Civil Veterinary Department. United Provinces 1923-31 - 1923-1931
Year: 1923
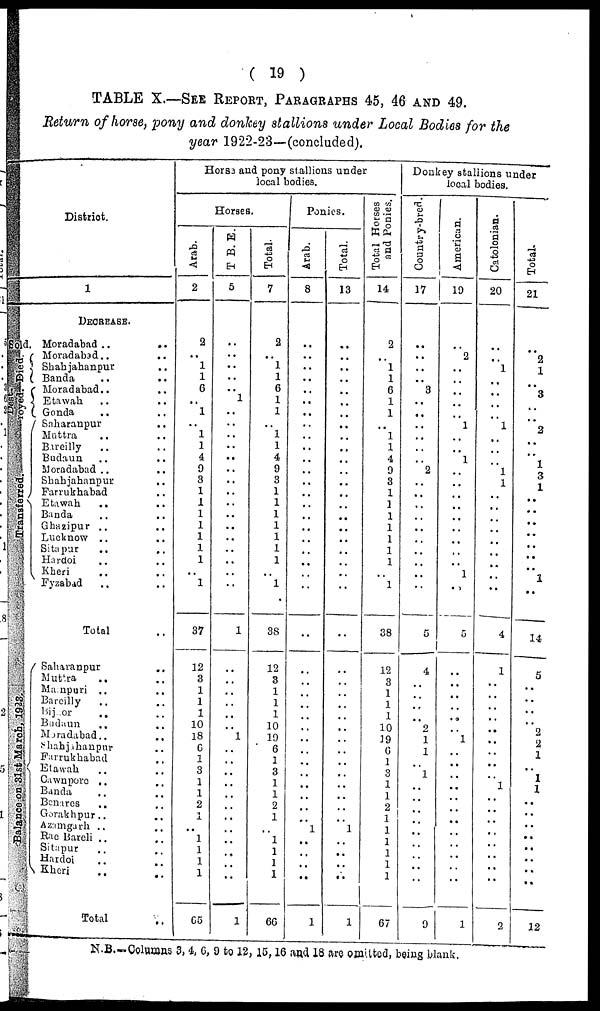
( 19 )
TABLE X.—SEE REPORT, PARAGRAPHS 45, 46 AND 49.
Return of horse, pony and donkey stallions under Local Bodies for the
year 1922-23—(concluded),
District.
1
1.
DECREASE.
Moradabad
..
..
Moradabad ..
..
Shahjahanpur ..
Banda .. ..
Moradabad .. ..
Etawah .. ..
Gonda .. ..
Saharanpur ..
Muttra
..
..
Bareilly .. ..
Budaun .. ..
Moradabad .. ..
Shahjahanpur ..
Farrukhabad ..
Etawah .. ..
Banda .. ..
Ghazipur .. ..
Lucknow .. ..
Sitapur .. ..
Hardoi .. ..
Kheri ....
Fyzabid .. ..
Total ..
Saharanpur ..
Muttra .. ..
Mainpuri .. ..
Bareilly .. ..
Bijnor .. ..
Budaun .. ..
Moradabad .. ..
Shahjahanpur ..
Farrukhabad ..
Etawah .. ..
Cawnpore .. ..
Banda .. ..
Benares .. ..
Gorakhpur .. ..
Aznmgarh .. ..
Rae Bareli .. ..
Sitapur .. ..
Hardoi .. ..
Kheri .. ..
Total ..
Horse and pony stallions under
local bodies.
Horses.
Arab.
2
2
..
1
1
6
..
1
..
1
1
4
9
3
1
1
1
1
1
1
1
..
1
37
12
3
1
1
1
10
18
6
1
3
1
1
2
1
..
1
1
1
1
65
T.B.E.
5
..
..
..
..
..
1
..
..
..
..
..
..
..
..
..
..
..
..
..
..
..
1
..
..
..
..
..
..
l
..
..
..
..
..
..
..
..
..
..
..
..
1
Total.
7
2
..
1
1
6
1
1
..
1
1
4
9
3
1
1
1
1
1
1
1
..
1
38
12
3
1
1
1
10
19
6
1
3
1
1
2
1
..
1
1
1
1
66
Ponies.
Arab.
8
..
..
..
..
..
..
..
..
..
..
..
..
..
..
..
..
..
..
..
..
..
..
..
..
..
..
..
..
..
..
..
..
..
..
..
..
..
1
..
..
..
..
1
Total.
13
..
..
..
..
..
..
..
..
..
..
..
..
..
..
..
..
..
..
..
..
..
..
..
..
..
..
..
..
..
..
..
..
..
..
..
..
1
..
..
..
..
1
Total Horses
and Ponies.
14
2
..
1
1
6
1
1
..
1
1
4
9
3
1
1
1
1
1
1
1
1
38
12
3
1
1
1
10
19
6
1
3
1
1
2
1
1
1
1
1
1
67
Donkey stallions under
local bodies.
Country-bred.
17
..
..
..
..
3
..
..
..
..
..
..
2
..
..
..
..
..
..
..
..
..
..
5
4
..
..
..
..
2
1
1
..
1
..
..
..
..
..
..
..
..
..
9
American.
19
..
2
..
..
..
..
..
1
..
..
1
..
..
..
..
..
..
..
..
..
1
..
5
...
..
..
..
..
..
1
..
..
..
..
..
..
..
..
..
..
..
..
1
Catolonian.
20
..
..
l
..
..
..
..
l
..
..
..
l
1
..
..
..
..
..
..
..
..
..
4
1
..
..
..
..
..
..
..
..
l
..
..
..
..
..
..
..
..
2
Total.
21
..
2
1
..
3
..
..
2
..
..
1
3
1
..
..
..
..
..
..
..
1
..
14
5
..
..
..
..
2
2
1
..
1
1
..
..
..
..
..
..
..
..
12
N.B.—Columns 3, 4, 6, 9 to 12, 15, 16 and 18 are omitted, being blank.